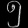
Digit: ၅